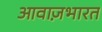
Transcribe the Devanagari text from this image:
आवाज़भारत